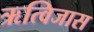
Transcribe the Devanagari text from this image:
ऋत्विजास